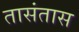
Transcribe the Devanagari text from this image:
तासंतास